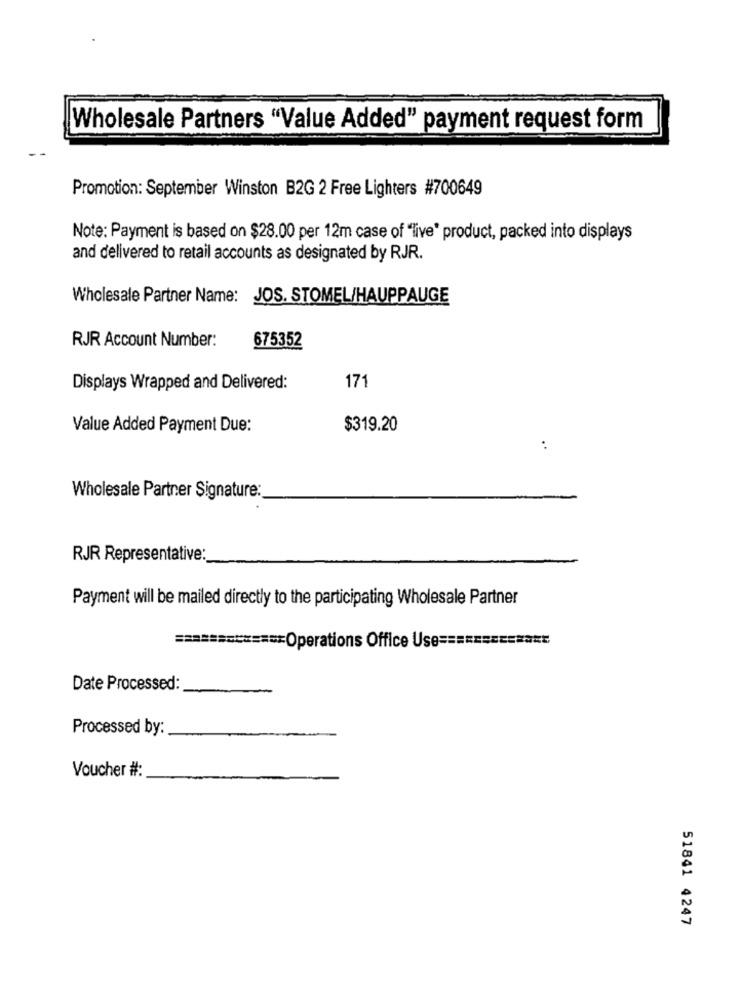
Wholesale Partners "Value Added" payment request form
Promotion: September Winston B2G 2 Free Lighters #700649
Note: Payment is based on $28.00 per 12m case of "live" product, packed into displays
and delivered to retail accounts as designated by RJR.
Wholesale Partner Name: JOS. STOMEL/HAUPPAUGE
RJR Account Number:
675352
171
Displays Wrapped and Delivered:
Value Added Payment Due:
$319.20
..
Wholesale Partner Signature:
RJR Representative:
Payment will be mailed directly to the participating Wholesale Partner
============= Operations Office Use ===
Date Processed:
Processed by:
Voucher #:
51841 4247